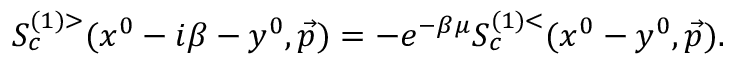
S _ { c } ^ { ( 1 ) > } ( x ^ { 0 } - i \beta - y ^ { 0 } , \vec { p } ) = - e ^ { - \beta \mu } S _ { c } ^ { ( 1 ) < } ( x ^ { 0 } - y ^ { 0 } , \vec { p } ) .